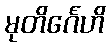
မုတိင်္ဂေဟိ